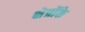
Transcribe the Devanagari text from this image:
क्षेत्रोंके